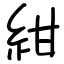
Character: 紺